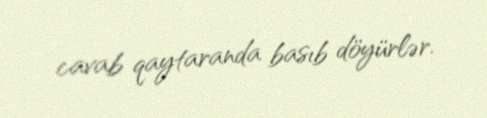
cavab qaytaranda basıb döyürlər.